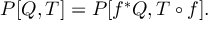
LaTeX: { \cal P } [ Q , T ] = { \cal P } [ f ^ { * } Q , T \circ f ] .